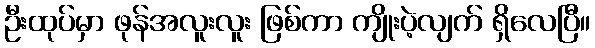
ဦးထုပ်မှာ ဖုန်အလူးလူး ဖြစ်ကာ ကျိုးပဲ့လျက် ရှိလေပြီ။